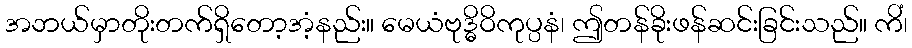
အဘယ်မှာတိုးတက်ရှိတော့အံ့နည်း။ မေယံဗုဒ္ဓိဝိကုပ္ပနံ၊ ဤတန်ခိုးဖန်ဆင်းခြင်းသည်။ ကိံ၊